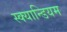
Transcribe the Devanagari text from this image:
स्क्यान्डियम